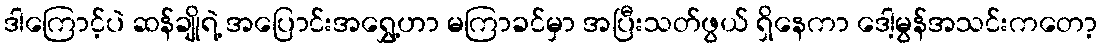
ဒါကြောင့်ပဲ ဆန်ချိုရဲ့ အပြောင်းအရွှေ့ဟာ မကြာခင်မှာ အပြီးသတ်ဖွယ် ရှိနေကာ ဒေါ့မွန်အသင်းကတော့